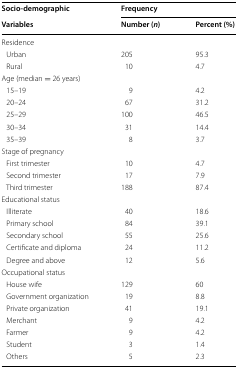
| Socio-demographic | <COLSPAN=2> Frequency |
 | Variables | Number (n) | Percent (%) |
 | --- | --- | --- |
 | <COLSPAN=3> Residence |
 | Urban | 205 | 95.3 |
 | Rural | 10 | 4.7 |
 | <COLSPAN=3> Age (median = 26 years) |
 | 15–19 | 9 | 4.2 |
 | 20–24 | 67 | 31.2 |
 | 25–29 | 100 | 46.5 |
 | 30–34 | 31 | 14.4 |
 | 35–39 | 8 | 3.7 |
 | <COLSPAN=3> Stage of pregnancy |
 | First trimester | 10 | 4.7 |
 | Second trimester | 17 | 7.9 |
 | Third trimester | 188 | 87.4 |
 | <COLSPAN=3> Educational status |
 | Illiterate | 40 | 18.6 |
 | Primary school | 84 | 39.1 |
 | Secondary school | 55 | 25.6 |
 | Certificate and diploma | 24 | 11.2 |
 | Degree and above | 12 | 5.6 |
 | <COLSPAN=3> Occupational status |
 | House wife | 129 | 60 |
 | Government organization | 19 | 8.8 |
 | Private organization | 41 | 19.1 |
 | Merchant | 9 | 4.2 |
 | Farmer | 9 | 4.2 |
 | Student | 3 | 1.4 |
 | Others | 5 | 2.3 |